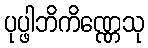
ပုပ္ဖါဘိကိဏ္ဏေသု